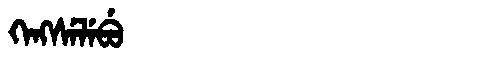
Manchu: ᡴᡝᠩᠰᡝᠯᡝᠪᡠ
Romanization: KENGSELEBU